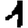
Digit: 1